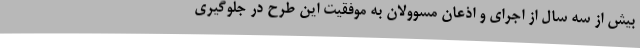
بیش از سه سال از اجرای و اذعان مسوولان به موفقیت این طرح در جلوگیری